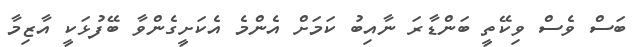
ބަސް ވެސް ވިކޭތީ ބަންޑާރަ ނާއިބު ކަމަށް އެންމެ އެކަށީގެންވާ ބޭފުޅަކީ އާޒިމާ